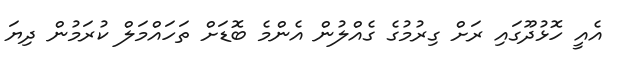
އެއީ ހޮޅުދޫގައި ރަށް ގިރުމުގެ ގެއްލުން އެންމެ ބޮޑަށް ތަހައްމަލް ކުރަމުން ދިޔަ